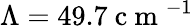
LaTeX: \Lambda=49.7\mathrm{~c~m~}^{-1}